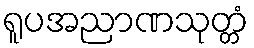
ရူပအညာဏသုတ္တံ